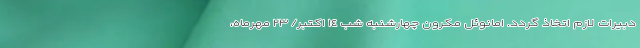
دبیرات لازم اتخاذ گردد. امانوئل مکرون چهارشنبه شب ١٤ اکتبر/ ٢٣ مهرماه،